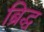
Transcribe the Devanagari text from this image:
ब्रिद्ध